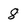
Character: 8